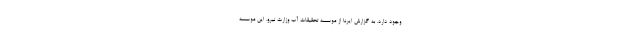
وجود دارد. به گزارش ایرنا از موسسه تحقیقات آب وزارت نیرو، این موسسه